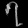
Digit: ၇